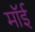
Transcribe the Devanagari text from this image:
मॉई